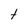
Character: t